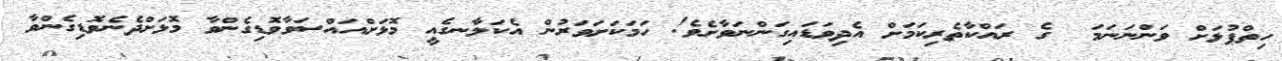
ހިތްޕުޅަށް ވަންނަނަމަ  ގެ ރައްކާތެރިކަމަށް އެދިވަޑައިގަންނަވާށެވެ! ހަމަކަށަވަރުން އެކަލާނގެއީ މޮޅަށްއައްސަވާވޮޑިގެންވާ މޮޅަށްދެނެވޮޑިގެންވާ